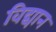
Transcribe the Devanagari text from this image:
विद्यान